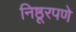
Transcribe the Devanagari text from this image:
निष्ठूरपणे